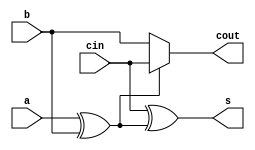
/*
	Author: Quyet Luu
	Date: 7/27/2016
	Note: Reused from lab2_part3 and just changed name
*/

module adder(a,b,cin,s,cout);
input a,b,cin;
output s,cout;
wire a_xor_b;

assign a_xor_b = a ^ b;
assign s = cin ^ a_xor_b;
assign cout = a_xor_b? cin : b;

endmodule